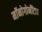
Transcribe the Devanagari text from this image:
मॉनोगोनौंटा।